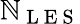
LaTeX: \mathbb{N}_{\mathrm{{~L~E~S~}}}